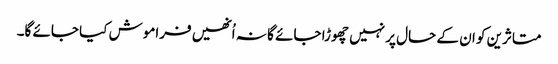
متاثرین کو ان کے حال پر نہیں چھوڑا جائے گا نہ اُنھیں فراموش کیا جائے گا۔